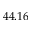
4 4 . 1 6